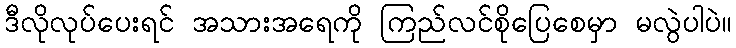
ဒီလိုလုပ်ပေးရင် အသားအရေကို ကြည်လင်စိုပြေစေမှာ မလွဲပါပဲ။